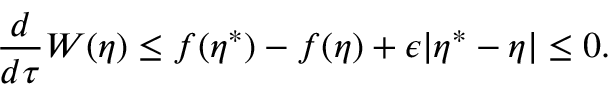
\frac { d } { d \tau } W ( \eta ) \leq f ( \eta ^ { * } ) - f ( \eta ) + \epsilon | \eta ^ { * } - \eta | \leq 0 .